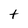
Character: t